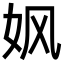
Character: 㚯